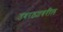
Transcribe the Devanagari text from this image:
उबरठ्यावरील